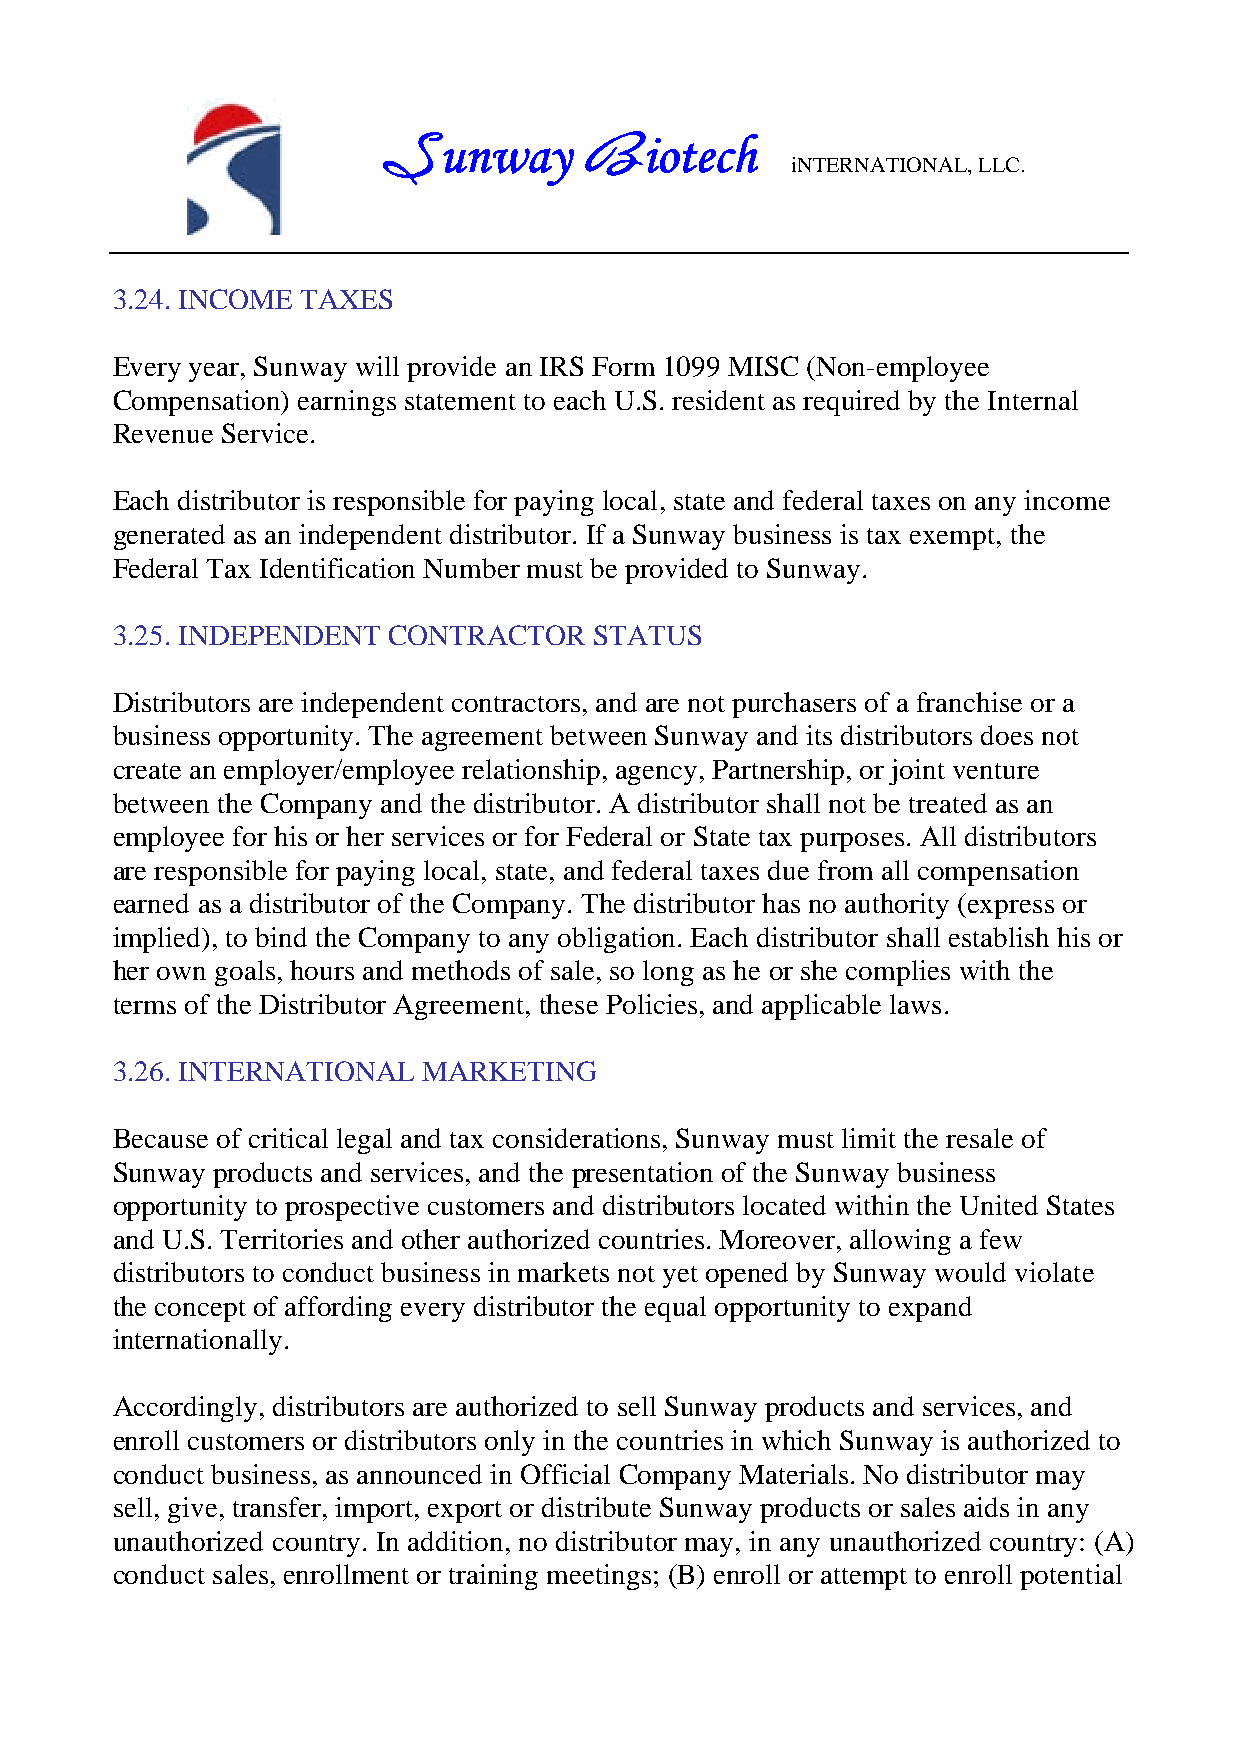
unway         iotech
 S             B            iNTERNATIONAL, LLC.
 3.24. INCOME TAXES
 Every year, Sunway will provide an IRS Form 1099 MISC (Non-employee
 Compensation) earnings statement to each U.S. resident as required by the Internal
 Revenue Service.
 Each distributor is responsible for paying local, state and federal taxes on any income
 generated as an independent distributor. If a Sunway business is tax exempt, the
 Federal Tax Identification Number must be provided to Sunway.
 3.25. INDEPENDENT  CONTRACTOR   STATUS
 Distributors are independent contractors, and are not purchasers of a franchise or a
 business opportunity. The agreement between Sunway and its distributors does not
 create an employer/employee relationship, agency, Partnership, or joint venture
 between the Company and the distributor. A distributor shall not be treated as an
 employee for his or her services or for Federal or State tax purposes. All distributors
 are responsible for paying local, state, and federal taxes due from all compensation
 earned as a distributor of the Company. The distributor has no authority (express or
 implied), to bind the Company to any obligation. Each distributor shall establish his or
 her own goals, hours and methods of sale, so long as he or she complies with the
 terms of the Distributor Agreement, these Policies, and applicable laws.
 3.26. INTERNATIONAL  MARKETING
 Because of critical legal and tax considerations, Sunway must limit the resale of
 Sunway products and services, and the presentation of the Sunway business
 opportunity to prospective customers and distributors located within the United States
 and U.S. Territories and other authorized countries. Moreover, allowing a few
 distributors to conduct business in markets not yet opened by Sunway would violate
 the concept of affording every distributor the equal opportunity to expand
 internationally.
 Accordingly, distributors are authorized to sell Sunway products and services, and
 enroll customers or distributors only in the countries in which Sunway is authorized to
 conduct business, as announced in Official Company Materials. No distributor may
 sell, give, transfer, import, export or distribute Sunway products or sales aids in any
 unauthorized country. In addition, no distributor may, in any unauthorized country: (A)
 conduct sales, enrollment or training meetings; (B) enroll or attempt to enroll potential